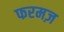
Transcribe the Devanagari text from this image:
फरमज़